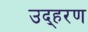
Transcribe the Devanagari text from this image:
उद्हरण